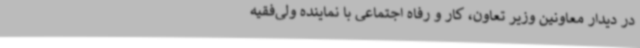
در دیدار معاونین وزیر تعاون، کار و رفاه اجتماعی با نماینده ولی‌فقیه